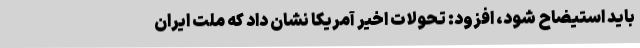
باید استیضاح شود، افزود: تحولات اخیر آمریکا نشان داد که ملت ایران